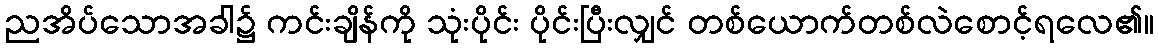
ညအိပ်သောအခါ၌ ကင်းချိန်ကို သုံးပိုင်း ပိုင်းပြီးလျှင် တစ်ယောက်တစ်လဲစောင့်ရလေ၏။